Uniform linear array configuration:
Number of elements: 24
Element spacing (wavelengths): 0.5
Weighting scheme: hann
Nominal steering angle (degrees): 0
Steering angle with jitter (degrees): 0.5207
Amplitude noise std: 0.05
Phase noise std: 0.05

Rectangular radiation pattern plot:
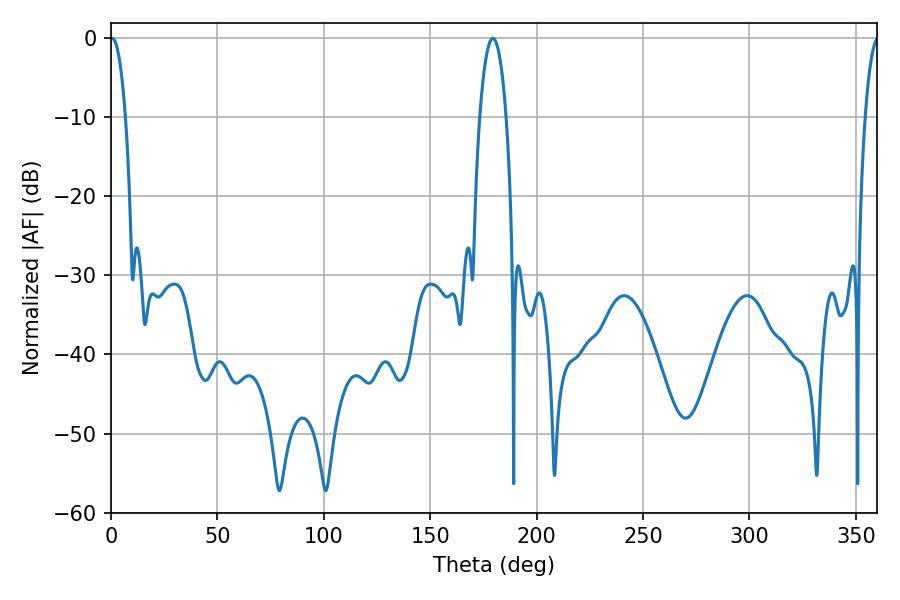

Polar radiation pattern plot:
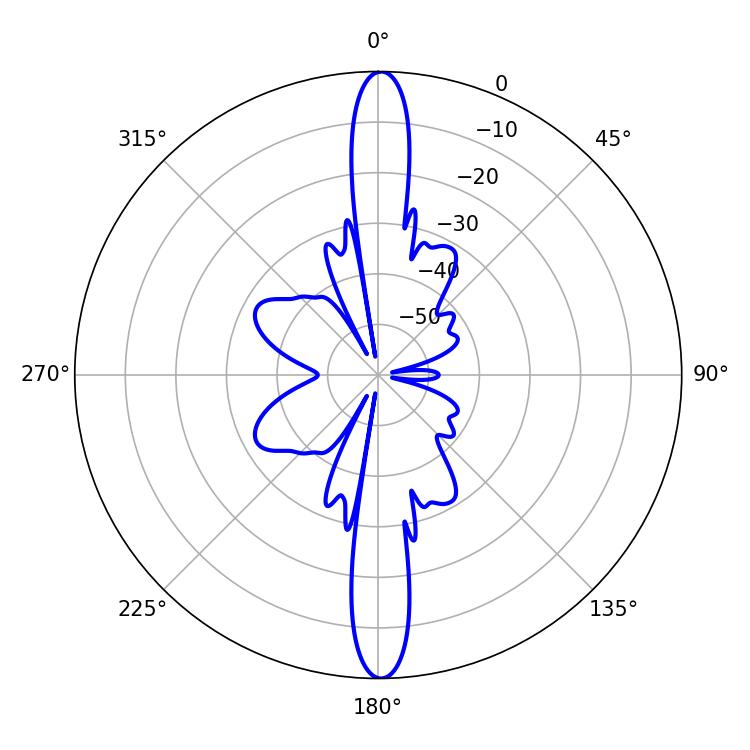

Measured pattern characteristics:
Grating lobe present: FALSE
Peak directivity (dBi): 29.212
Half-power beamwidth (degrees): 3.96
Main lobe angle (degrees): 0.54